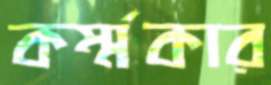
কর্ম্মকার